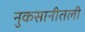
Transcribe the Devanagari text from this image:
नुकसानीतली